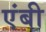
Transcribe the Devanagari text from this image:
एंबी